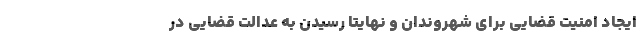
ایجاد امنیت قضایی برای شهروندان و نهایتا رسیدن به عدالت قضایی در